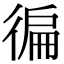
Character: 徧